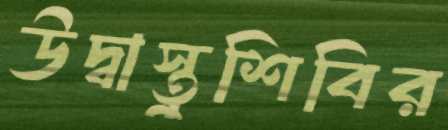
উদ্বাস্তুশিবির